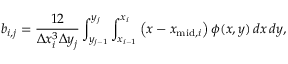
b _ { i , j } = \frac { 1 2 } { \Delta x _ { i } ^ { 3 } \Delta y _ { j } } \int _ { y _ { j - 1 } } ^ { y _ { j } } \int _ { x _ { i - 1 } } ^ { x _ { i } } \left( x - x _ { \mathrm { m i d } , i } \right) \phi ( x , y ) \, d x \, d y ,